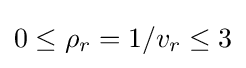
0\leq \rho _{r}=1/v_{r}\leq 3